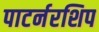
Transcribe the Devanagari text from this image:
पाटर्नरशिप